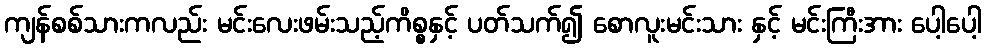
ကျန်စစ်သားကလည်း မင်းလေးဖမ်းသည့်ကိစ္စနှင့် ပတ်သက်၍ စောလူးမင်းသား နှင့် မင်းကြီးအား ပေါ့ပေါ့